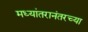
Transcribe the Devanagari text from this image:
मध्यांतरानंतरच्या